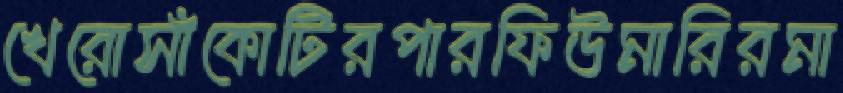
খেরোসাঁকোটিরপারফিউমারিরমা